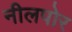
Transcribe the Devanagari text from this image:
नीलपोर